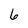
Character: 6